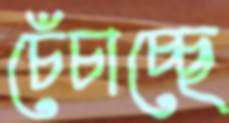
চেঁচাচ্ছে